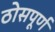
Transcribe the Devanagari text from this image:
ठोसपूर्ण